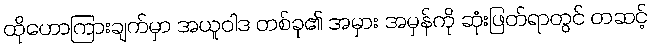
ထိုဟောကြားချက်မှာ အယူဝါဒ တစ်ခု၏ အမှား အမှန်ကို ဆုံးဖြတ်ရာတွင် တဆင့်